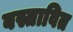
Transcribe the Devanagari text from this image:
बस्तावित